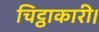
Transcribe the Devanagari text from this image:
चिट्ठाकारी।